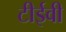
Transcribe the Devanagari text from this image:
टीईवी